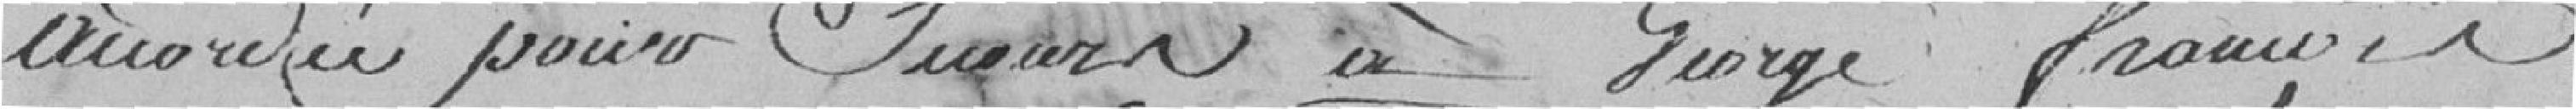
accordés pour secours à George